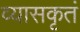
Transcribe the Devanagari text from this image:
व्यासकृतं